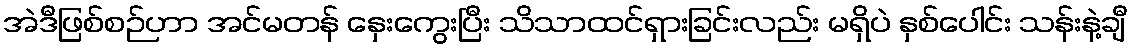
အဲဒီဖြစ်စဉ်ဟာ အင်မတန် နှေးကွေးပြီး သိသာထင်ရှားခြင်းလည်း မရှိပဲ နှစ်ပေါင်း သန်းနဲ့ချီ